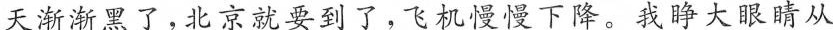
天渐渐黑了，北京就要到了，飞机慢慢下降。我睁大眼睛从